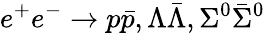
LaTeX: e^{+}e^{-}\to p\bar{p},\Lambda\bar{\Lambda},\Sigma^{0}\bar{\Sigma}^{0}